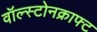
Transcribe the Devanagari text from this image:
वॉल्स्टोनक्राफ्ट